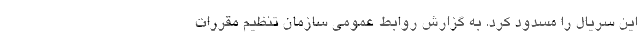
این سریال را مسدود کرد. به گزارش روابط عمومی سازمان تنظیم مقررات